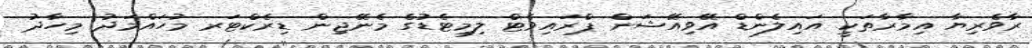
ރާވެރިޔާ އިމާރާތަކީ އައިލެންޑް އޭވިއޭޝަން ޕްރައިވެޓް ލިމިޓެޑުގެ މެނޭޖިން ޑިރެކްޓަރ މުހައްމަދު މިހާދު